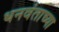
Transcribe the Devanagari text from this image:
धनवंताच्या